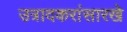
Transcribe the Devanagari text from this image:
उत्रादकरांसारखे